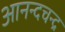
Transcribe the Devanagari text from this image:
आनन्दचन्द्र